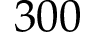
3 0 0